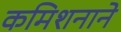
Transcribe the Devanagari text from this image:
कमिशनाने